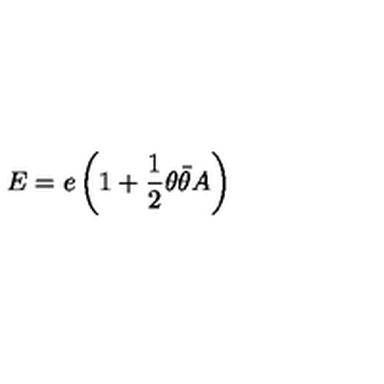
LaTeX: E = e \left( 1 + \frac 1 2 \theta \bar { \theta } A \right)